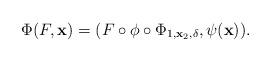
LaTeX: \begin{align*}\Phi(F,{\bf x}) = (F\circ \phi \circ \Phi_{1,{\bf x}_2,\delta},\psi({\bf x})).\end{align*}